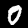
Digit: 0